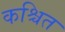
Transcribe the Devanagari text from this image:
कश्चित